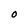
Character: O